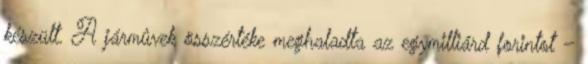
készült. A jármûvek összértéke meghaladta az egymilliárd forintot –